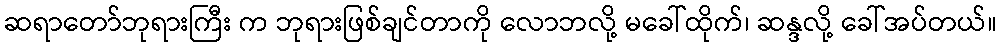
ဆရာတော်ဘုရားကြီး က ဘုရားဖြစ်ချင်တာကို လောဘလို့ မခေါ်ထိုက်၊ ဆန္ဒလို့ ခေါ်အပ်တယ်။